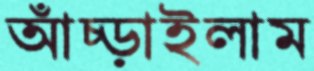
আঁচ্‌ড়াইলাম